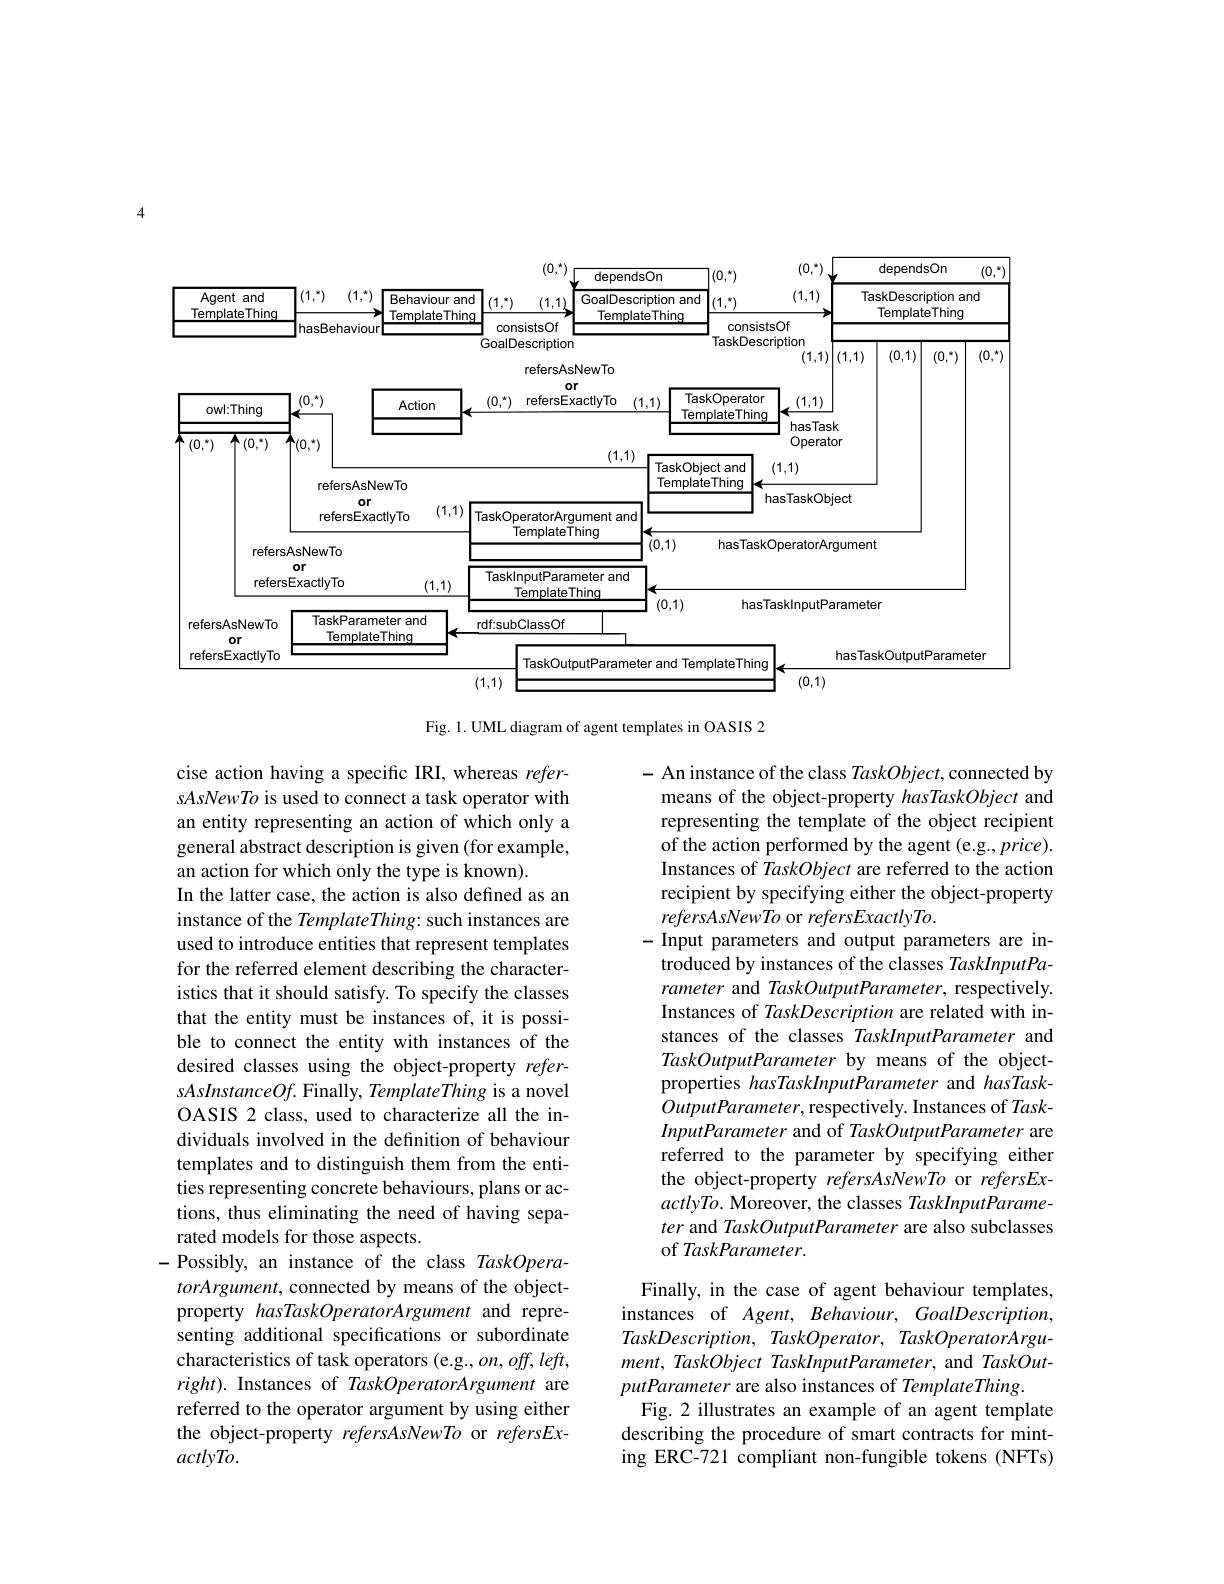
<FigureHere>

Fig. 1. UML diagram of agent templates in OASIS 2

- An instance of the class TaskObject, connected by means of the object-property hasTaskObject and representing the template of the object recipient of the action performed by the agent (e.g., price). Instances of TaskObject are referred to the action recipient by specifying either the object-property refersAsNewTo or refersExactlyTo.
- Input parameters and output parameters are introduced by instances of the classes TaskInputParameter and TaskOutputParameter, respectively. Instances of TaskDescription are related with instances of the classes TaskInputParameter and TaskOutputParameter by means of the objectproperties hasTaskInputParameter and hasTaskOutputParameter, respectively. Instances of TaskInputParameter and of TaskOutputParameter are referred to the parameter by specifying either the object-property refersAsNewTo or refersEx- $actlyTo.$ Moreover, the classes TaskInputParameter and TaskOutputParameter are also subclasses of TaskParameter.

cise action having a specific IRI, whereas refersAsNewTo is used to connect a task operator with an entity representing an action of which only a general abstract description is given (for example, an action for which only the type is known).
In the latter case, the action is also defined as an instance of the TemplateThing: such instances are used to introduce entities that represent templates for the referred element describing the characteristics that it should satisfy. To specify the classes that the entity must be instances of, it is possible to connect the entity with instances of the desired classes using the object-property refer- $sAsInstanceOf.$ Finally, TemplateThing is a novel OASIS 2 class, used to characterize all the individuals involved in the definition of behaviour templates and to distinguish them from the entities representing concrete behaviours, plans or actions, thus eliminating the need of having separated models for those aspects.
-Possibly, an instance of the class TaskOpera- $torArgument$, connected by means of the objectproperty hasTaskOperatorArgument and representing additional specifications or subordinate characteristics of task operators (e.g., on, off, left, right). Instances of TaskOperatorArgument are referred to the operator argument by using either the object-property refersAsNewTo or refersEx- $actlyTo.$

Finally, in the case of agent behaviour templates, instances of Agent, Behaviour, GoalDescription, TaskDescription, TaskOperator, TaskOperatorArgument, TaskObject TaskInputParameter, and TaskOutputParameter are also instances of TemplateThing.
Fig.2 illustrates an example of an agent template describing the procedure of smart contracts for minting ERC-721 compliant non-fungible tokens (NFTs)